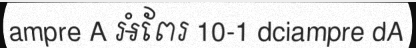
ampre A អំពែរ 10-1 dciampre dA